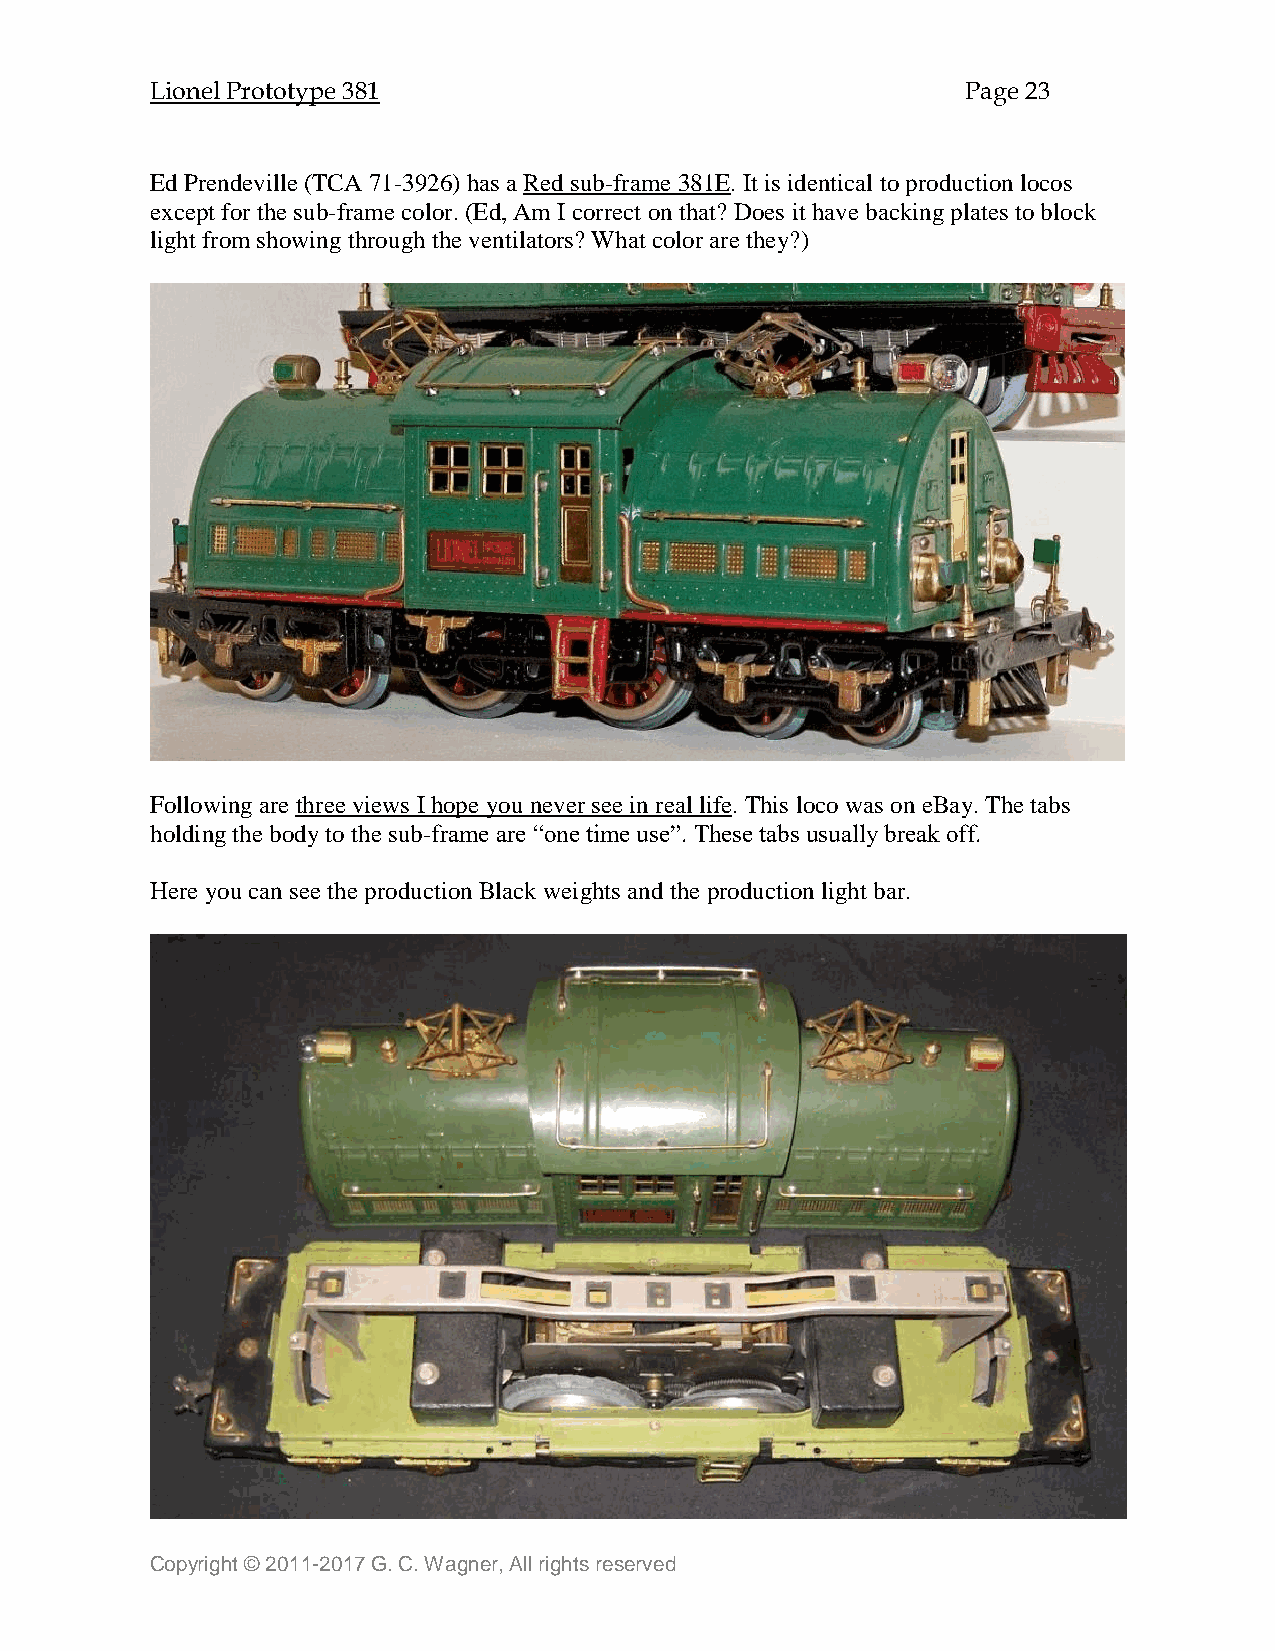
Lionel Prototype 381                                  Page 23
 Ed Prendeville (TCA 71-3926) has a Red sub-frame 381E. It is identical to production locos
 except for the sub-frame color. (Ed, Am I correct on that? Does it have backing plates to block
 light from showing through the ventilators? What color are they?)
 Following are three views I hope you never see in real life. This loco was on eBay. The tabs
 holding the body to the sub-frame are “one time use”. These tabs usually break off.
 Here you can see the production Black weights and the production light bar.
 Copyright © 2011-2017 G. C. Wagner, All rights reserved